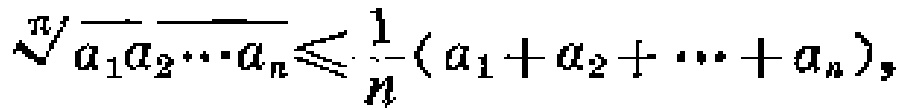
\(\sqrt[n]{a_{1}a_{2}\cdots a_{n}}\leqslant \frac{1}{n}(a_{1}+a_{2}+\cdots +a_{n})\)